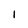
Character: 1